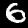
Digit: 6